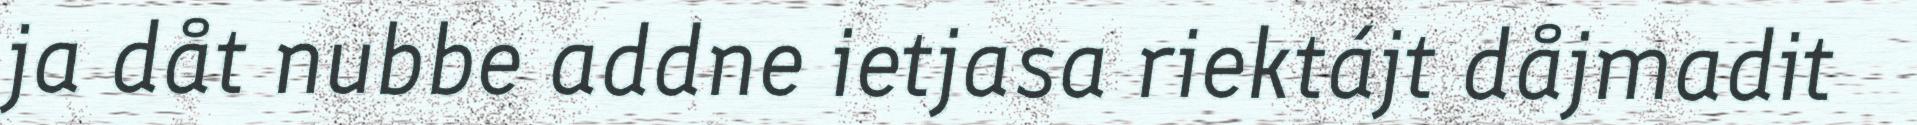
ja dåt nubbe addne ietjasa riektájt dåjmadit